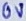
Text: 0V